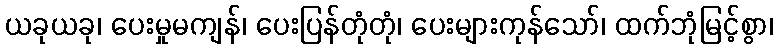
ယခုယခု၊ ပေးမှုမကျန်၊ ပေးပြန်တုံတုံ၊ ပေးများကုန်သော်၊ ထက်ဘုံမြင့်စွာ၊